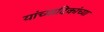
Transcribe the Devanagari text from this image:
यांच्यादिकांच्या